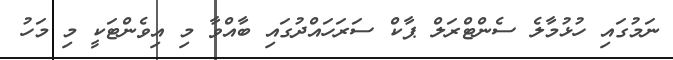
ނަމުގައި ހުޅުމާލެ ސެންޓްރަލް ޕާކް ސަރަހައްދުގައި ބާއްވާ މި އިވެންޓަކީ މި މަހު